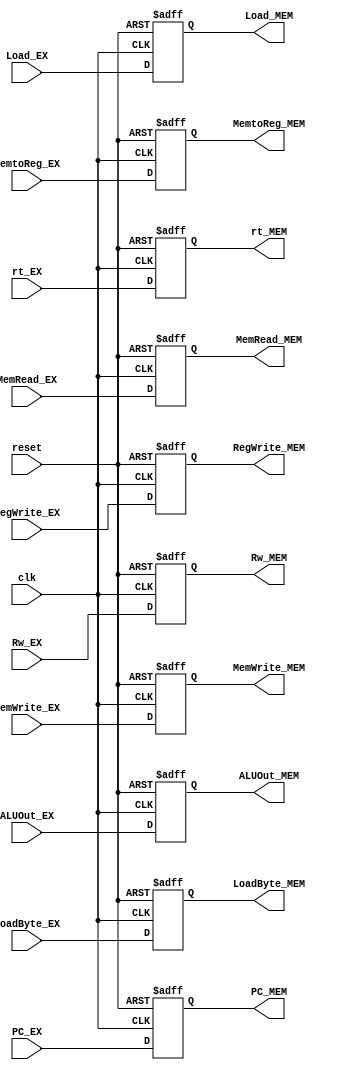
module EX_MEM(
    input wire clk,
    input wire reset,
    
    input wire MemRead_EX,
    input wire MemWrite_EX,
    input wire [31:0] ALUOut_EX,
    input wire [4:0] Rw_EX,
    input wire [1:0] MemtoReg_EX,
    input wire RegWrite_EX,
    input wire [31:0] rt_EX,
    input wire LoadByte_EX,
    input wire [31:0] PC_EX,
    input wire Load_EX,

    output reg MemRead_MEM,
    output reg MemWrite_MEM,
    output reg [31:0] ALUOut_MEM,
    output reg [4:0] Rw_MEM,
    output reg [1:0] MemtoReg_MEM,
    output reg RegWrite_MEM,
    output reg [31:0] rt_MEM,
    output reg LoadByte_MEM,
    output reg [31:0] PC_MEM,
    output reg Load_MEM
);

initial begin
    MemRead_MEM <= 0;
    MemWrite_MEM <= 0;
    ALUOut_MEM <= 0;
    Rw_MEM <= 0;
    MemtoReg_MEM <= 0;
    RegWrite_MEM <= 0;
    rt_MEM <= 0;
    LoadByte_MEM <= 0;
    PC_MEM <= 0; 
    Load_MEM <= 0;
end

always@(posedge clk or posedge reset) begin
    if(reset) begin
        MemRead_MEM <= 0;
        MemWrite_MEM <= 0;
        ALUOut_MEM <= 0;
        Rw_MEM <= 0;
        MemtoReg_MEM <= 0;
        RegWrite_MEM <= 0;
        rt_MEM <= 0;
        LoadByte_MEM <= 0;
        PC_MEM <= 0;
        Load_MEM <= 0;
    end
    else begin
        MemRead_MEM <= MemRead_EX;
        MemWrite_MEM <= MemWrite_EX;
        ALUOut_MEM <= ALUOut_EX;
        Rw_MEM <= Rw_EX;
        MemtoReg_MEM <= MemtoReg_EX;
        RegWrite_MEM <= RegWrite_EX;
        rt_MEM <= rt_EX;
        LoadByte_MEM <= LoadByte_EX;
        PC_MEM <= PC_EX;
        Load_MEM <= Load_EX;
    end
end

endmodule